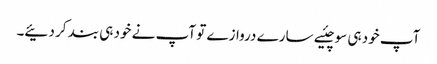
آپ خود ہی سوچئیے سارے دروازے تو آپ نے خود ہی بند کر دئیے۔